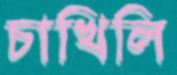
চাখিলি